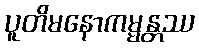
ပူတိမနောကမ္မန္တဿ